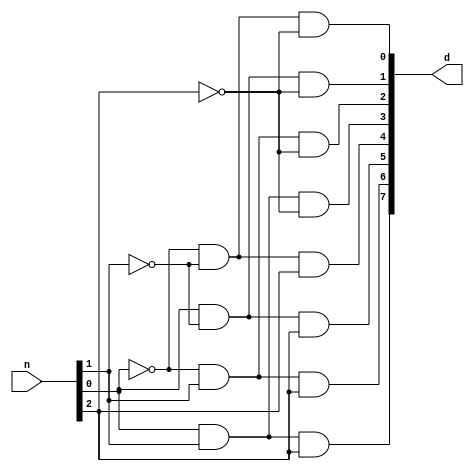
`timescale 1ns / 1ps 

module decoder(
               input  [2:0] n,
               output [7:0] d
           );

   assign d[0] = ~n[0] & ~n[1] & ~n[2];
   assign d[1] =  n[0] & ~n[1] & ~n[2];
   assign d[2] = ~n[0] &  n[1] & ~n[2];
   assign d[3] =  n[0] &  n[1] & ~n[2];
   assign d[4] = ~n[0] & ~n[1] &  n[2];
   assign d[5] =  n[0] & ~n[1] &  n[2];
   assign d[6] = ~n[0] &  n[1] &  n[2];
   assign d[7] =  n[0] &  n[1] &  n[2];
   
endmodule